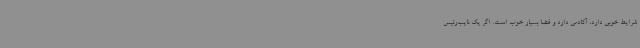
شرایط خوبی دارد، آکادمی دارد و فضا بسیار خوب است. اگر یک نایب‌رئیس